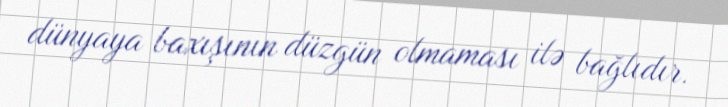
dünyaya baxışının düzgün olmaması ilə bağlıdır.